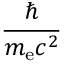
\frac { \hbar } { m _ { \mathrm { e } } c ^ { 2 } }